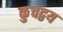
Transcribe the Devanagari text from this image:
कुचद्वय